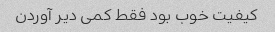
کیفیت خوب بود فقط کمی دیر آوردن